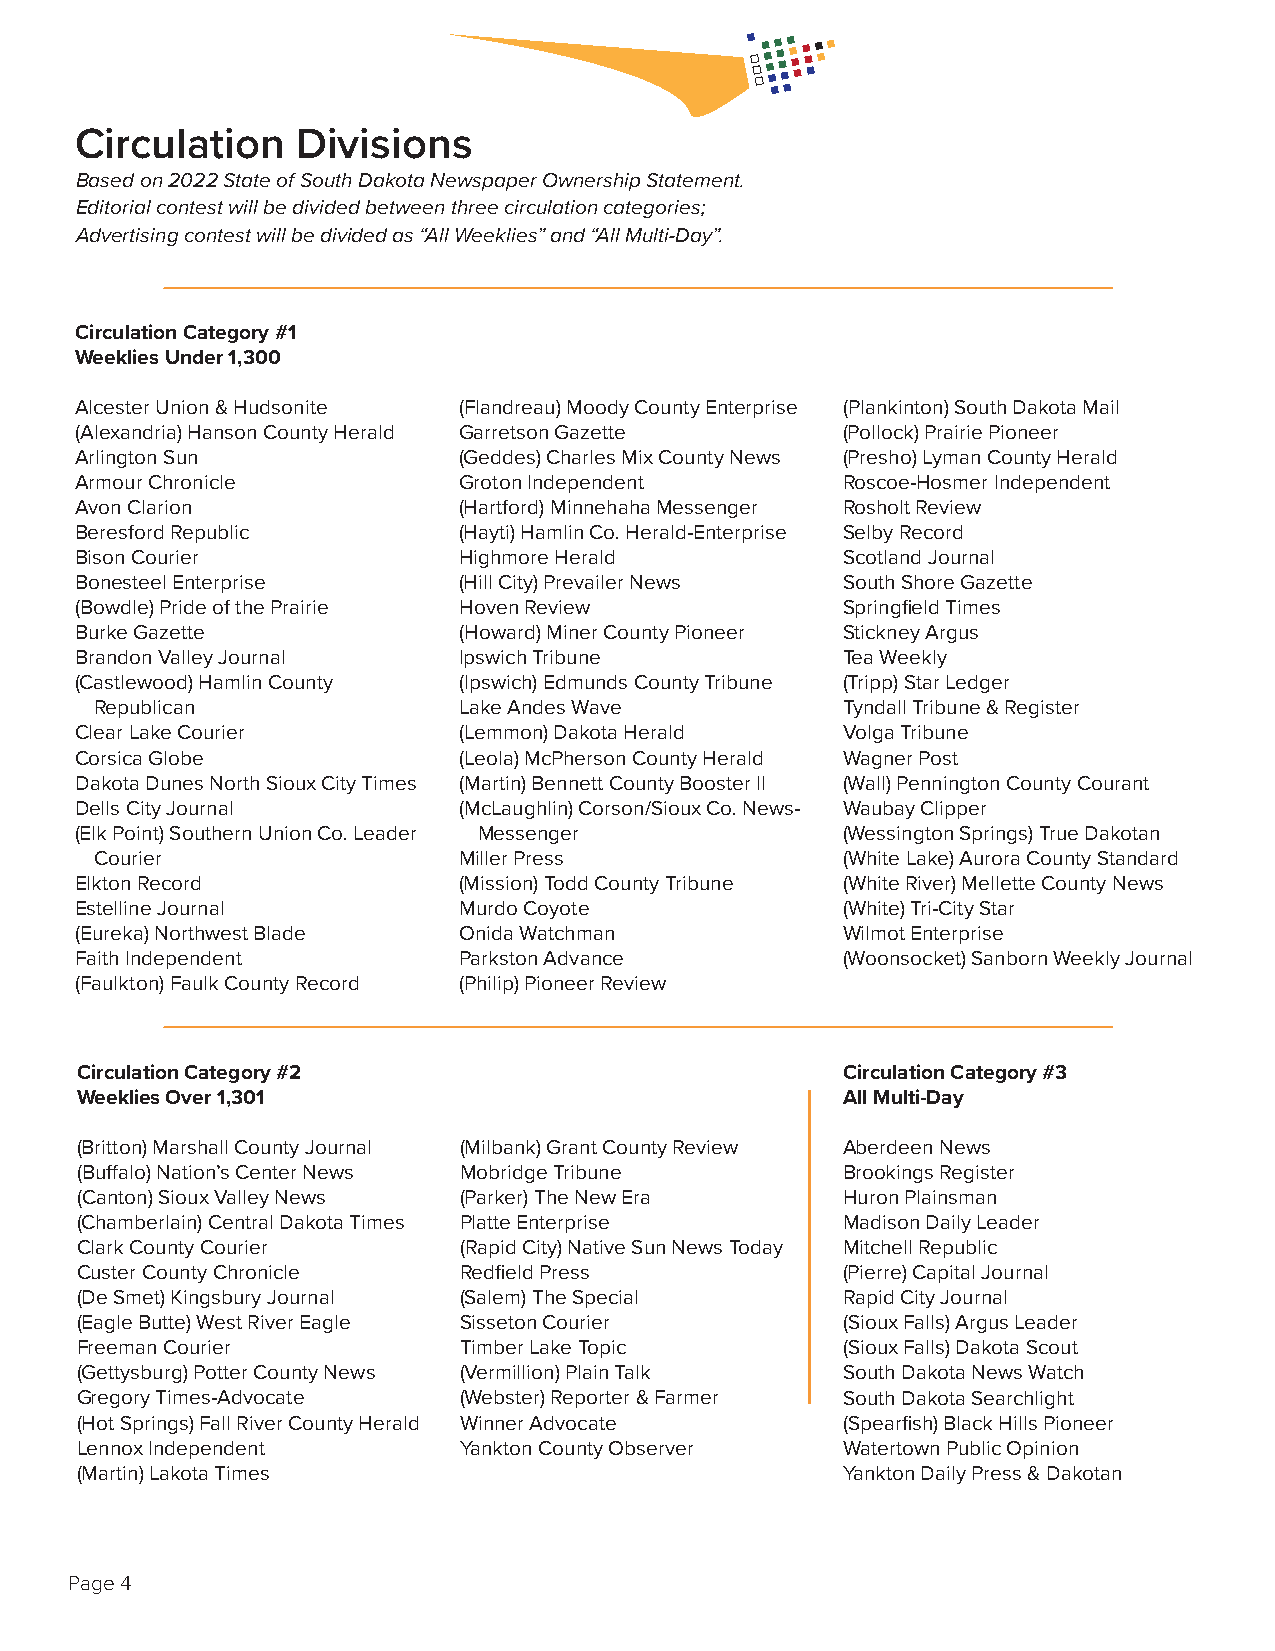
Circulation    Divisions
 Based on 2022 State of South Dakota Newspaper Ownership Statement.
 Editorial contest will be divided between three circulation categories;
 Advertising contest will be divided as “All Weeklies” and “All Multi-Day”.
 Circulation Category #1
 Weeklies Under 1,300
 Alcester Union & Hudsonite (Flandreau) Moody County Enterprise (Plankinton) South Dakota Mail
 (Alexandria) Hanson County Herald Garretson Gazette (Pollock) Prairie Pioneer
 Arlington Sun            (Geddes) Charles Mix County News (Presho) Lyman County Herald
 Armour Chronicle         Groton Independent        Roscoe-Hosmer Independent
 Avon Clarion             (Hartford) Minnehaha Messenger Rosholt Review
 Beresford Republic       (Hayti) Hamlin Co. Herald-Enterprise Selby Record
 Bison Courier            Highmore Herald           Scotland Journal
 Bonesteel Enterprise     (Hill City) Prevailer News South Shore Gazette
 (Bowdle) Pride of the Prairie Hoven Review         Springfi eld Times
 Burke Gazette            (Howard) Miner County Pioneer Stickney Argus
 Brandon Valley Journal   Ipswich Tribune           Tea Weekly
 (Castlewood) Hamlin County (Ipswich) Edmunds County Tribune (Tripp) Star Ledger
 Republican              Lake Andes Wave           Tyndall Tribune & Register
 Clear Lake Courier       (Lemmon) Dakota Herald    Volga Tribune
 Corsica Globe            (Leola) McPherson County Herald Wagner Post
 Dakota Dunes North Sioux City Times (Martin) Bennett County Booster II (Wall) Pennington County Courant
 Dells City Journal       (McLaughlin) Corson/Sioux Co. News- Waubay Clipper
 (Elk Point) Southern Union Co. Leader Messenger    (Wessington Springs) True Dakotan
 Courier                 Miller Press              (White Lake) Aurora County Standard
 Elkton Record            (Mission) Todd County Tribune (White River) Mellette County News
 Estelline Journal        Murdo Coyote              (White) Tri-City Star
 (Eureka) Northwest Blade Onida Watchman            Wilmot Enterprise
 Faith Independent        Parkston Advance          (Woonsocket) Sanborn Weekly Journal
 (Faulkton) Faulk County Record (Philip) Pioneer Review
 Circulation Category #2                            Circulation Category #3
 Weeklies Over 1,301                                All Multi-Day
 (Britton) Marshall County Journal (Milbank) Grant County Review Aberdeen News
 (Buff alo) Nation’s Center News Mobridge Tribune   Brookings Register
 (Canton) Sioux Valley News (Parker) The New Era    Huron Plainsman
 (Chamberlain) Central Dakota Times Platte Enterprise Madison Daily Leader
 Clark County Courier     (Rapid City) Native Sun News Today Mitchell Republic
 Custer County Chronicle  Redfi eld Press           (Pierre) Capital Journal
 (De Smet) Kingsbury Journal (Salem) The Special    Rapid City Journal
 (Eagle Butte) West River Eagle Sisseton Courier    (Sioux Falls) Argus Leader
 Freeman Courier          Timber Lake Topic         (Sioux Falls) Dakota Scout
 (Gettysburg) Potter County News (Vermillion) Plain Talk South Dakota News Watch
 Gregory Times-Advocate   (Webster) Reporter & Farmer South Dakota Searchlight
 (Hot Springs) Fall River County Herald Winner Advocate (Spearfi sh) Black Hills Pioneer
 Lennox Independent       Yankton County Observer   Watertown Public Opinion
 (Martin) Lakota Times                              Yankton Daily Press & Dakotan
 Page 4